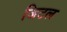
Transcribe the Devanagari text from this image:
जिटल